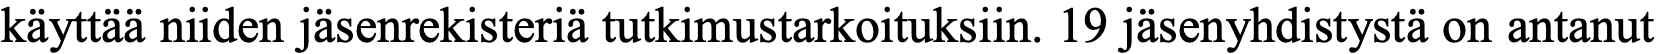
käyttää niiden jäsenrekisteriä tutkimustarkoituksiin. 19 jäsenyhdistystä on antanut